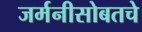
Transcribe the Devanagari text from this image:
जर्मनीसोबतचे